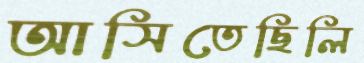
আসিতেছিলি